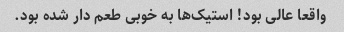
واقعا عالی بود! استیک‌ها به خوبی طعم دار شده بود.